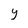
Character: Y